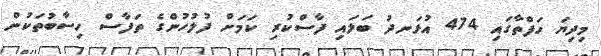
މިދިޔަ ހަފްތާގައި 474 އުޅަނދު ބަލައި ފާސްކުރި ކަމަށް ފުލުހުންގެ ތަފާސް ހިސާބުތަކުން